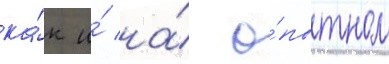
ка́к и́ на́ о́пытном